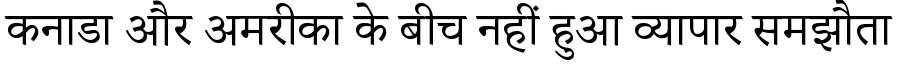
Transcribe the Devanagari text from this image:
कनाडा और अमरीका के बीच नहीं हुआ व्यापार समझौता